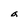
Character: a